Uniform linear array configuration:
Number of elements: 48
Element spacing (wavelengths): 1
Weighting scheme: cosine
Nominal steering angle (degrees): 15
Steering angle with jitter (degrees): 14.49
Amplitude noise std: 0.05
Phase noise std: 0.05

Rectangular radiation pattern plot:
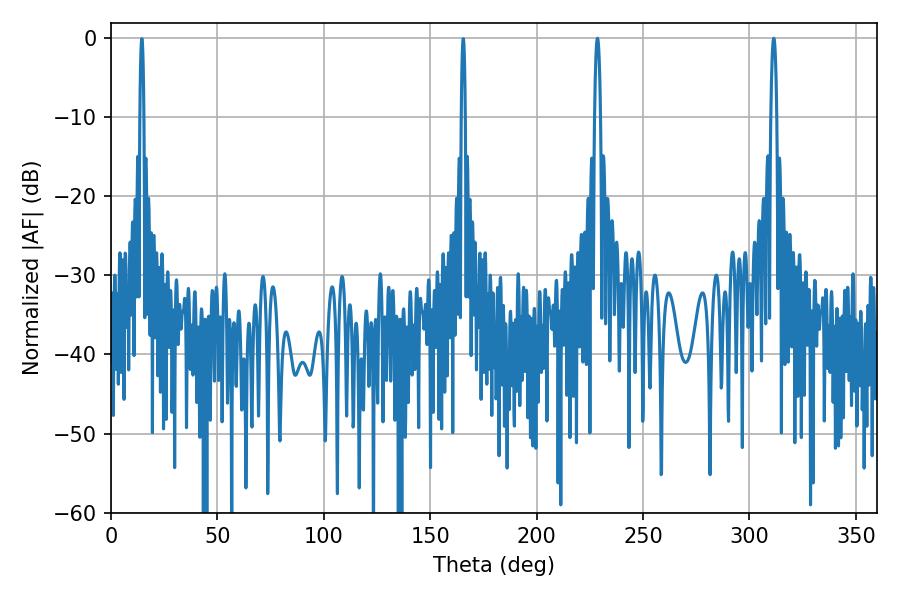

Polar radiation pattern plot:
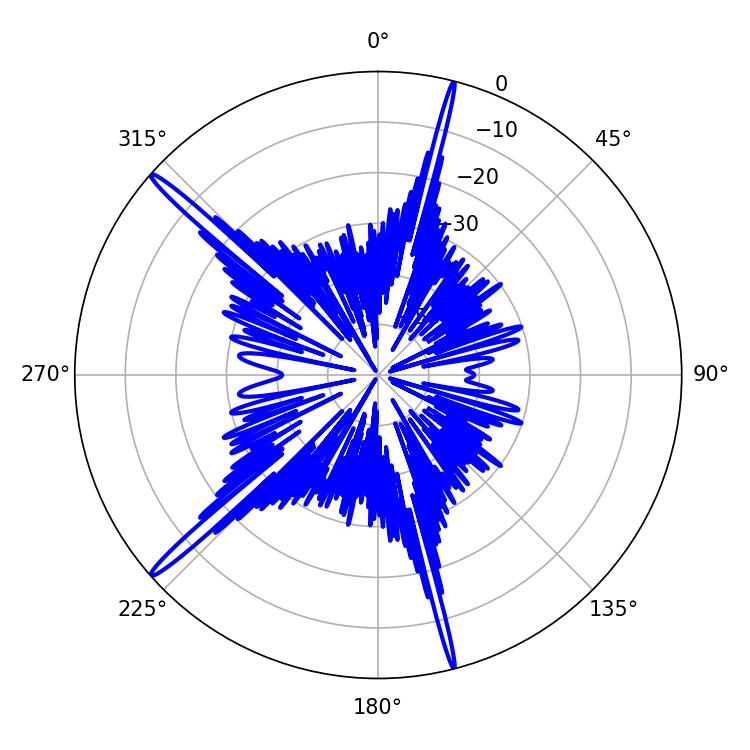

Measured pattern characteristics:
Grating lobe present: TRUE
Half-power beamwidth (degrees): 1.44
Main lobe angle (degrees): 228.6